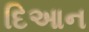
દિઆન